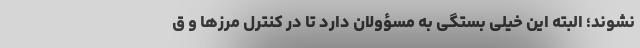
نشوند؛ البته این خیلی بستگی به مسؤولان دارد تا در کنترل مرزها و ق